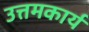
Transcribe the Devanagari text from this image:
उत्तमकार्य